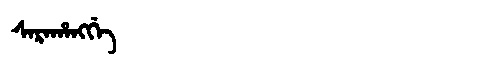
Manchu: ᠰᠠᡵᠠᡥᠠᠩᡤᡝ
Romanization: SARAHANGGE